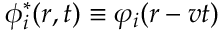
\phi _ { i } ^ { * } ( \boldsymbol { r } , t ) \equiv \varphi _ { i } ( \boldsymbol { r } - \boldsymbol { v } t )